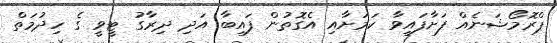
ޕްރޮމޯޝަނެއް ފަށާފައިވާ ކަމަށާއި އެގޮތުން ފައިބާ އަދި ދިރާގު ޓީވީ ގެ ހިދުމަތް